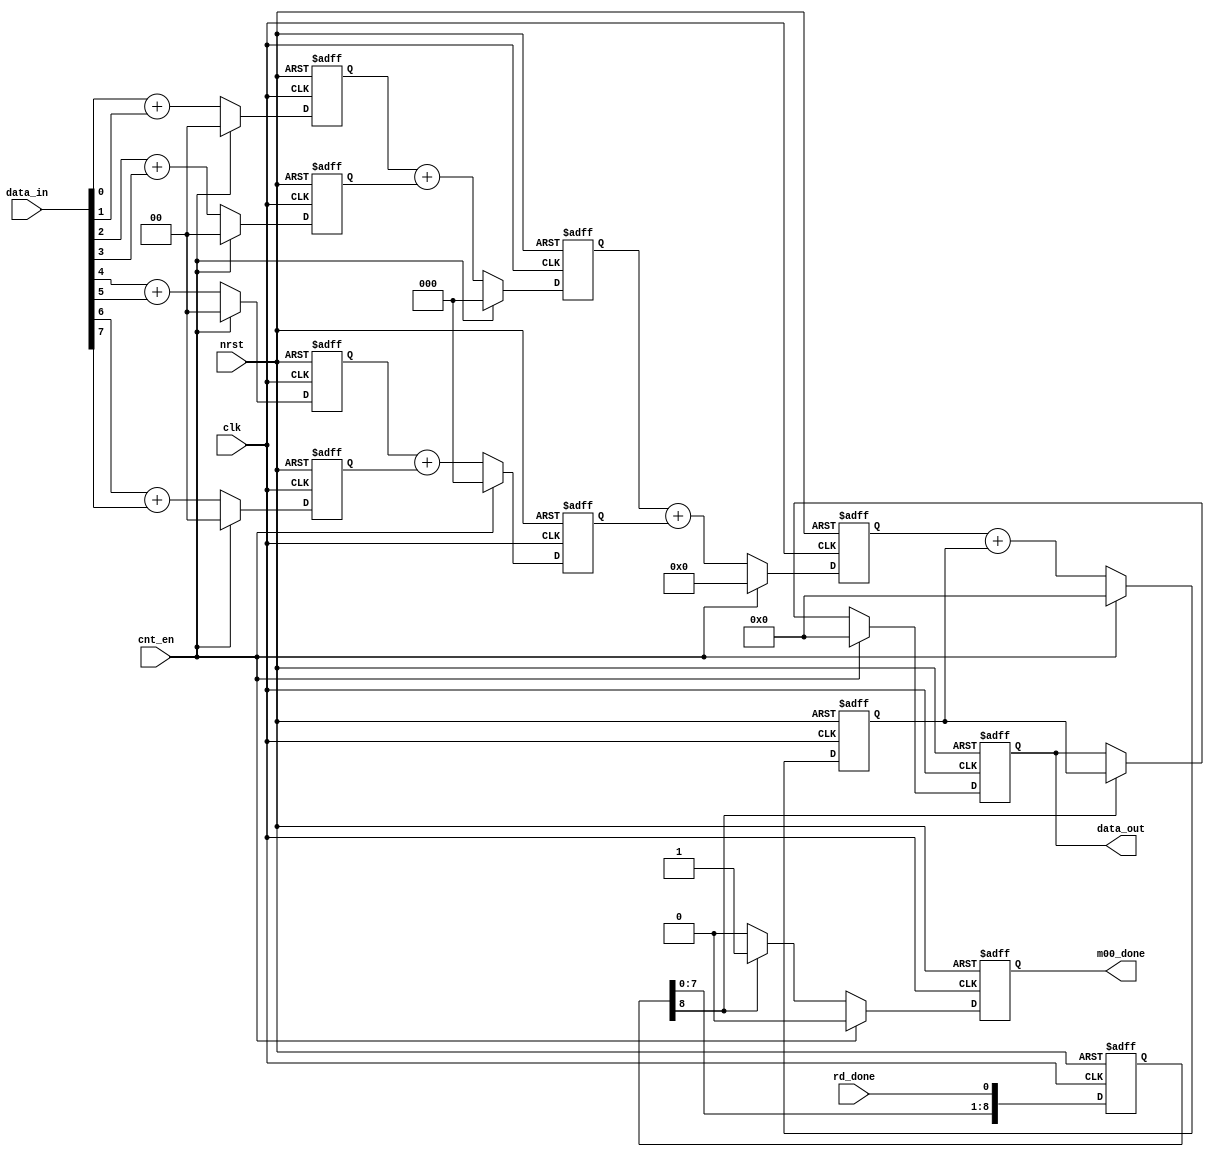
module calc_m00_1(nrst,clk,cnt_en,rd_done,data_in,data_out,m00_done);
input nrst;
input clk;
input cnt_en;
input rd_done;
input[7:0] data_in;

output reg[31:0] data_out;
output reg m00_done;
///////////////////////////////////////////////////
reg 	[1:0] 	reg_1_2_1;
reg 	[1:0] 	reg_1_2_2;
reg 	[1:0] 	reg_1_2_3;
reg 	[1:0] 	reg_1_2_4;

reg 	[2:0] 	reg_2_3_1;
reg 	[2:0] 	reg_2_3_2;

reg		[3:0]	reg_3;
reg		[31:0]	reg_4;

reg 	[8:0]	rd_done_shift;

always@(posedge clk or negedge nrst)
begin
	if(!nrst)
		begin
			reg_1_2_1<=0;
			reg_1_2_2<=0;
			reg_1_2_3<=0;
			reg_1_2_4<=0;
		end
	else if(cnt_en)
		begin
			reg_1_2_1<=0;
			reg_1_2_2<=0;
			reg_1_2_3<=0;
			reg_1_2_4<=0;
		end
	else
		begin	
			reg_1_2_1<=data_in[0]+data_in[1];
			reg_1_2_2<=data_in[2]+data_in[3];
			reg_1_2_3<=data_in[4]+data_in[5];
			reg_1_2_4<=data_in[6]+data_in[7];
		end
end
always@(posedge clk or negedge nrst)
begin
	if(!nrst)
		begin
			reg_2_3_1<=0;
			reg_2_3_2<=0;
		end
	else if(cnt_en)
		begin
			reg_2_3_1<=0;
			reg_2_3_2<=0;
		end
	else
		begin
			reg_2_3_1<=reg_1_2_1+reg_1_2_2;
			reg_2_3_2<=reg_1_2_3+reg_1_2_4;
		end
end
always@(posedge clk or negedge nrst)
begin
	if(!nrst)
		reg_3<=0;
	else if(cnt_en)
		reg_3<=0;
	else
		reg_3<=reg_2_3_1+reg_2_3_2;
end
always@(posedge clk or negedge nrst)
begin
	if(!nrst)
		reg_4<=0;
	else if(cnt_en)
		reg_4<=0;
	else
		reg_4<=reg_3+reg_4;
end
always@(posedge clk or negedge nrst)
begin
	if(!nrst)
		begin
			data_out<=0;
			m00_done<=0;
		end
	else if (cnt_en)
		begin
			data_out<=0;
			m00_done<=0;
		end
	else if(rd_done_shift[8])
		begin
			data_out<=reg_4;
			m00_done<=1;
		end
	else
		m00_done<=0;
end
always@(posedge clk or negedge nrst)
begin
	if(!nrst)
		rd_done_shift<=0;
	else
		rd_done_shift<={rd_done_shift[7:0],rd_done};
end
endmodule